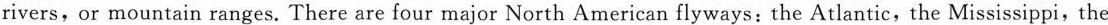
rivers,or mountain ranges. There are four major North American flyways: the Atlantic,the Mississippi,the